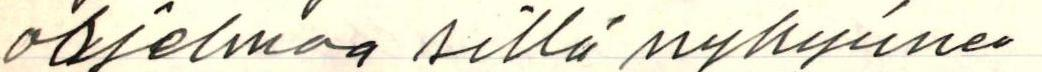
ohjelmaa sillä nykyinen